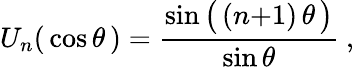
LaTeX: U_{n}(\, \cos\theta\, )={\frac{\sin{\big(}\, (n{+}1)\, \theta\, {\big)}}{\sin\theta}}~,